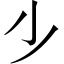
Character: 𣥂